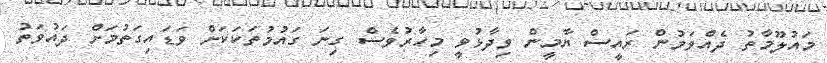
މައުލޫމާތު ދެއްވަމުން ރައީސް ޔާމީން ވިދާޅުވީ މިހާރުވެސް ގިނަ ގައުމުތަކަކަށް ވަޑައިގަތުމަށް ދައުވަތު